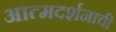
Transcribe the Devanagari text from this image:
आत्मदर्शनाची